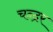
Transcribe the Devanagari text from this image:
चन्द्रर